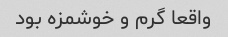
واقعا گرم و خوشمزه بود